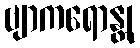
ဗျာကရောန္တု